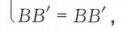
$\left\lvert BB'\right\rvert = BB'$